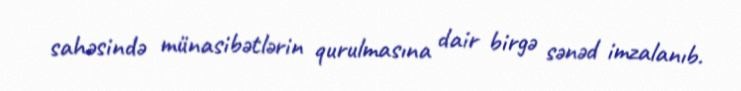
sahəsində münasibətlərin qurulmasına dair birgə sənəd imzalanıb.